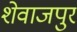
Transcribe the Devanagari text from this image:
शेवाजपुर